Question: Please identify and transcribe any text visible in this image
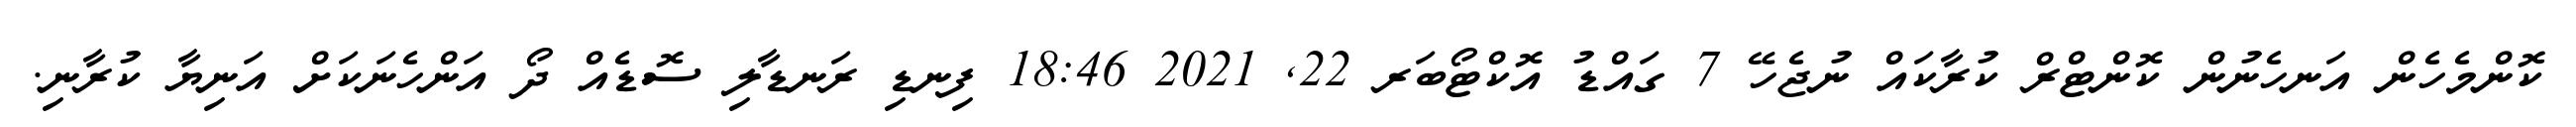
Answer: ކޮންމެހެން އަނހެނުން ކޮންޓްރް ކުރާކައް ނުޖެހޭ 7 ގައްޑު އޮކްޓޯބަރ 22, 2021 18:46 ފިނޑި ރަނޑާލި ސޮޑެއް ދޯ އަންހެނަކަށް އަނިޔާ ކުރާނި.